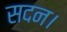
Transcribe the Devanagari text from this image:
सदन।